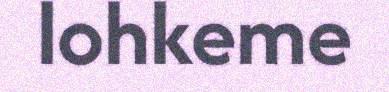
lohkeme